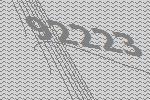
92223